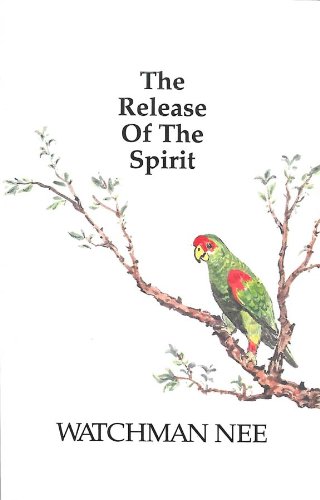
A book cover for The Release of the Spirit; Watchman Nee; Christian Books & Bibles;